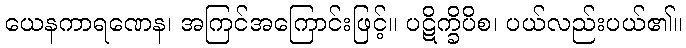
ယေနကာရဏေန၊ အကြင်အကြောင်းဖြင့်။ ပဋိက္ခိပိစ၊ ပယ်လည်းပယ်၏။